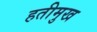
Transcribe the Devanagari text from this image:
हतीमुख